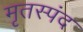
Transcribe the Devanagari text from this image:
मृतस्पंद